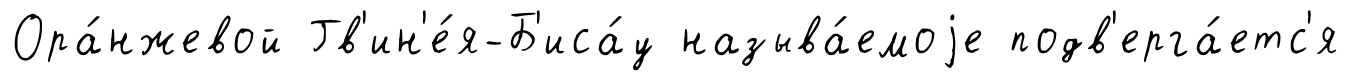
Ора́нжевой Гв'ин'е́я-Б'иса́у называ́емоjе подв'ерга́етс'я